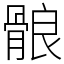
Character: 䯖